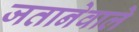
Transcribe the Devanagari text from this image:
जतानेवाले